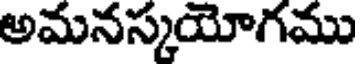
అమనస్కయోగము